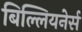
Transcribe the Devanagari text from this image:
बिल्लियनेर्स